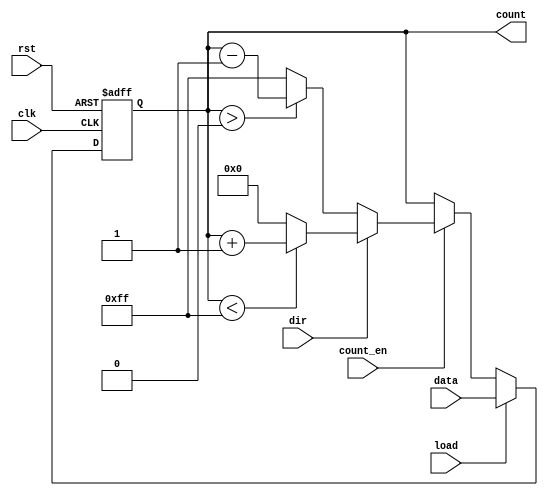
module synchronous_load_counter (
    input wire clk,          // Clock signal
    input wire rst,          // Reset signal (active high)
    input wire load,         // Load signal (active high)
    input wire [7:0] data,   // Data input for loading the counter
    input wire count_en,     // Count enable signal (active high)
    input wire dir,          // Direction signal (1 for up, 0 for down)
    output reg [7:0] count   // Current count value
);

    // Define the maximum count value for 8-bit counter
    localparam MAX_COUNT = 8'hFF; // 255 for 8-bit counter

    // Synchronous process
    always @(posedge clk or posedge rst) begin
        if (rst) begin
            // Reset the counter to zero
            count <= 8'b0;
        end else if (load) begin
            // Load the specified value into the counter
            count <= data;
        end else if (count_en) begin
            // Count up or down based on the direction signal
            if (dir) begin
                // Count up
                if (count < MAX_COUNT) begin
                    count <= count + 1;
                end else begin
                    count <= 8'b0; // Wrap around to zero
                end
            end else begin
                // Count down
                if (count > 0) begin
                    count <= count - 1;
                end else begin
                    count <= MAX_COUNT; // Wrap around to max value
                end
            end
        end
    end

endmodule